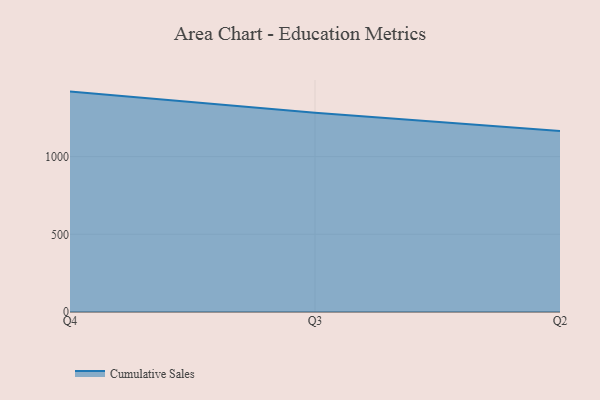
{"axis": {"x": "Quarter", "y": "Page Views"}, "legend": ["Cumulative Sales"], "data": [{"x": "Q4", "y": 1418.3, "type": "Cumulative Sales"}, {"x": "Q3", "y": 1281.6, "type": "Cumulative Sales"}, {"x": "Q2", "y": 1164.5, "type": "Cumulative Sales"}]}